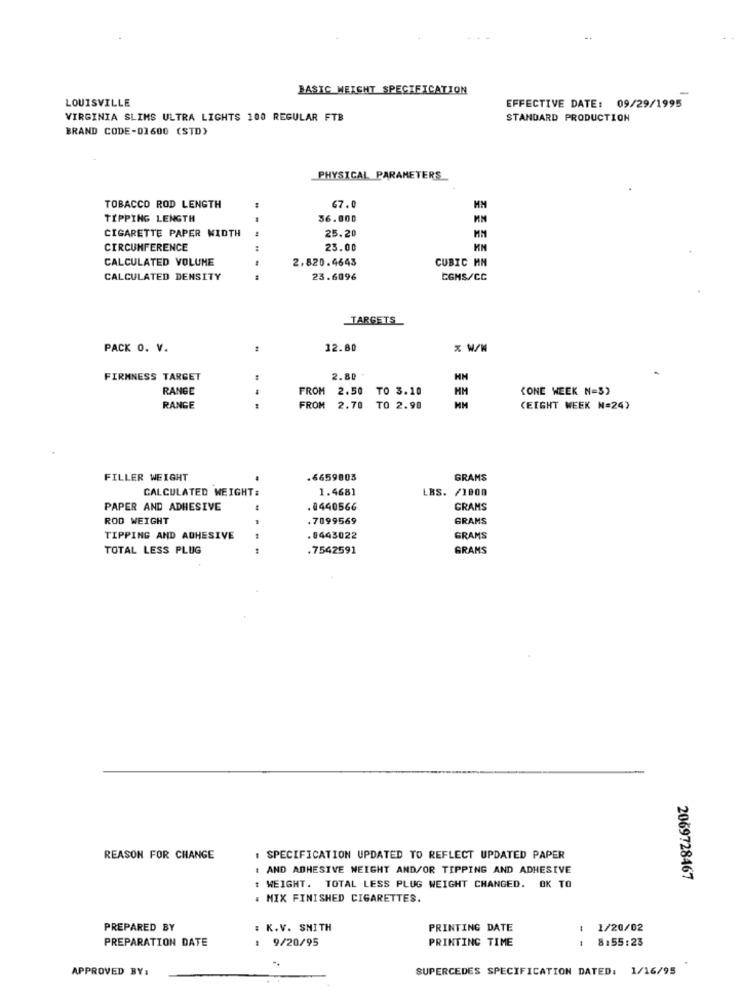
BASIC WEIGHT SPECIFICATION
LOUISVILLE
EFFECTIVE DATE: 09/29/1995
VIRGINIA SLIMS ULTRA LIGHTS 100 REGULAR FTB
STANDARD PRODUCTION
BRAND CODE-01600 (STD)
PHYSICAL PARAMETERS
57.0
TOBACCO ROD LENGTH
HM
TIPPING LENGTH
36.000
CIGARETTE PAPER WIDTH
25.20
MM
CIRCUMFERENCE
23.00
KN
CALCULATED VOLUME
2,820.4643
CUBIC MM
CALCULATED DENSITY
23.6096
CGMS/CC
TARGETS
PACK O. V.
12.80
FIRMNESS TARGET
2.80
RANGE
FROM 2.50 TO 3.10
"ONE WEEK N=3)
RANGE
FROM 2.70 TO 2.90
MM
(EIGHT WEEK N=24)
FILLER WEIGHT
.6659803
GRAMS
CALCULATED WEIGHT:
1.468]
LBS. /1000
PAPER AND ADHESIVE
.8440566
GRAMS
ROD WEIGHT
.7099569
GRAMS
TIPPING AND ADHESIVE
0443022
GRAMS
TOTAL LESS PLUG
.7542591
GRAMS
REASON FOR CHANGE
: SPECIFICATION UPDATED TO REFLECT UPDATED PAPER
: AND ADHESIVE NEIGHT AND/OR TIPPING AND ADHESIVE
2069728467
WEIGHT. TOTAL LESS PLUG WEIGHT CHANGED. OK TO
. MIX FINISHED CIGARETTES.
PREPARED BY
: K.V. SMITH
PRINTING DATE
1/20/02
: 9/20/95
PRINTING TIME
8:55:23
PREPARATION DATE
APPROVED BY:
SUPERCEDES SPECIFICATION DATED: 1/16/95